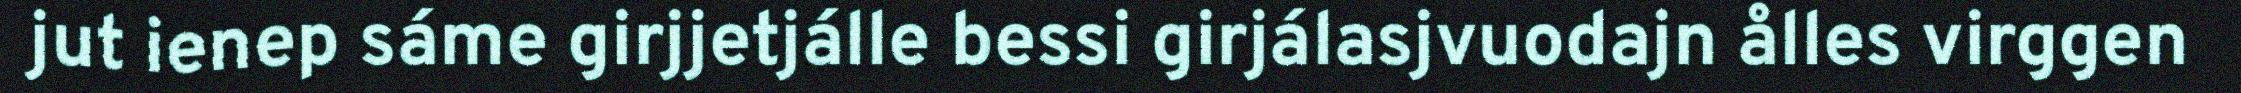
jut ienep sáme girjjetjálle bessi girjálasjvuodajn ålles virggen